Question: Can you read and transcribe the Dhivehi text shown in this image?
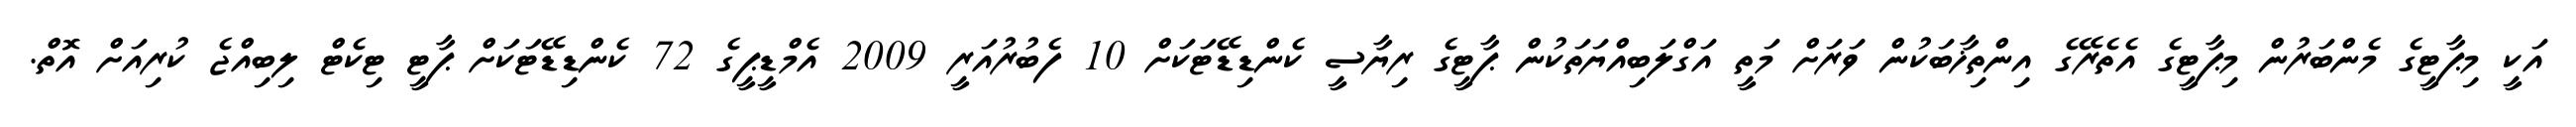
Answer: އަކީ މިޕާޓީގެ މެންބަރުން މިޕާޓީގެ އެތެރޭގެ އިންތިޚާބަކުން ވަރަށް މަތީ އަގްލަބިއްޔަތަކުން ޕާޓީގެ ރިޔާސީ ކެންޑިޑޭޓަކަށް 10 ފެބުރުއަރީ 2009 އެމްޑީޕީގެ 72 ކެންޑިޑޭޓަކަށް ޕާޓީ ޓިކެޓް ލިބިއްޖެ ކުރިއަށް އޮތް.